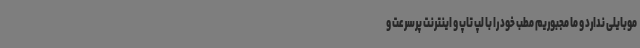
موبایلی ندارد و ما مجبوریم مطب خود را با لپ تاپ و اینترنت پرسرعت و